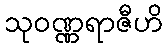
သုဝဏ္ဏရာဇီဟိ